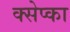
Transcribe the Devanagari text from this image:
क्सेप्का